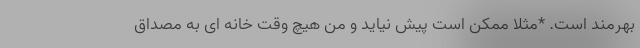
بهرمند است. *مثلا ممکن است پیش نیاید و من هیچ وقت خانه ای به مصداق